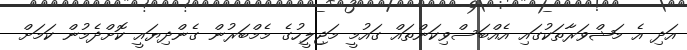
އަދި އެ މަޝްވަރާތަކުގައި އެއްބަސްވިކަންތައް ގައުމީ މަޖިލީހުގެ މެމްބަރުން ގެންދިޔައީ ކޮށްދެމުން ކަމަށް